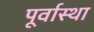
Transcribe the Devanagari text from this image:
पूर्वास्था